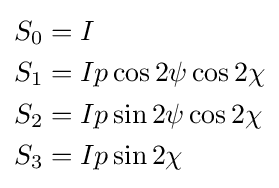
{\begin{aligned}S_{0}&=I\\S_{1}&=Ip\cos 2\psi \cos 2\chi \\S_{2}&=Ip\sin 2\psi \cos 2\chi \\S_{3}&=Ip\sin 2\chi \end{aligned}}